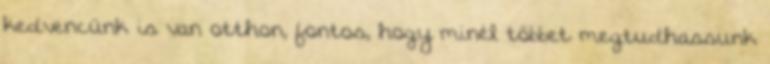
kedvencünk is van otthon, fontos, hogy minél többet megtudhassunk